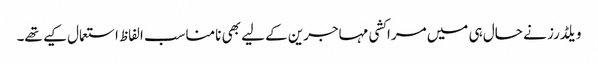
ویلڈرز نے حال ہی میں مراکشی مہاجرین کے لیے بھی نامناسب الفاظ استعمال کیے تھے۔